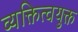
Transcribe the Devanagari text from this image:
व्यक्तित्वयुक्त